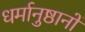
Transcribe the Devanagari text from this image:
धर्मानुष्ठानों